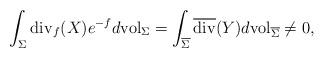
LaTeX: \begin{align*}\int_\Sigma \mathrm{div}_f(X)e^{-f}d\mathrm{vol}_\Sigma=\int_{\overline{\Sigma}}\overline{\mathrm{div}}(Y) d\mathrm{vol}_{\overline{\Sigma}}\neq 0,\end{align*}